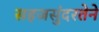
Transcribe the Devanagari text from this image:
सहजसुंदरतेने